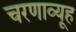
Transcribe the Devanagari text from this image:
चरणाव्यूह